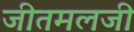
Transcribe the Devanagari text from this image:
जीतमलजी